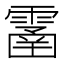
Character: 𩄙